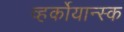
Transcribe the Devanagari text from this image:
व्हर्कोयान्स्क